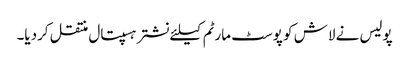
پولیس نے لاش کو پوسٹ مارٹم کیلئے نشتر ہسپتال منتقل کردیا۔